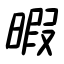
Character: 暇